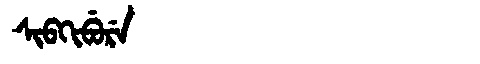
Manchu: ᠰᡳᠪᡴᡳᠪᡠᡵᡝ
Romanization: SIBKIBURE